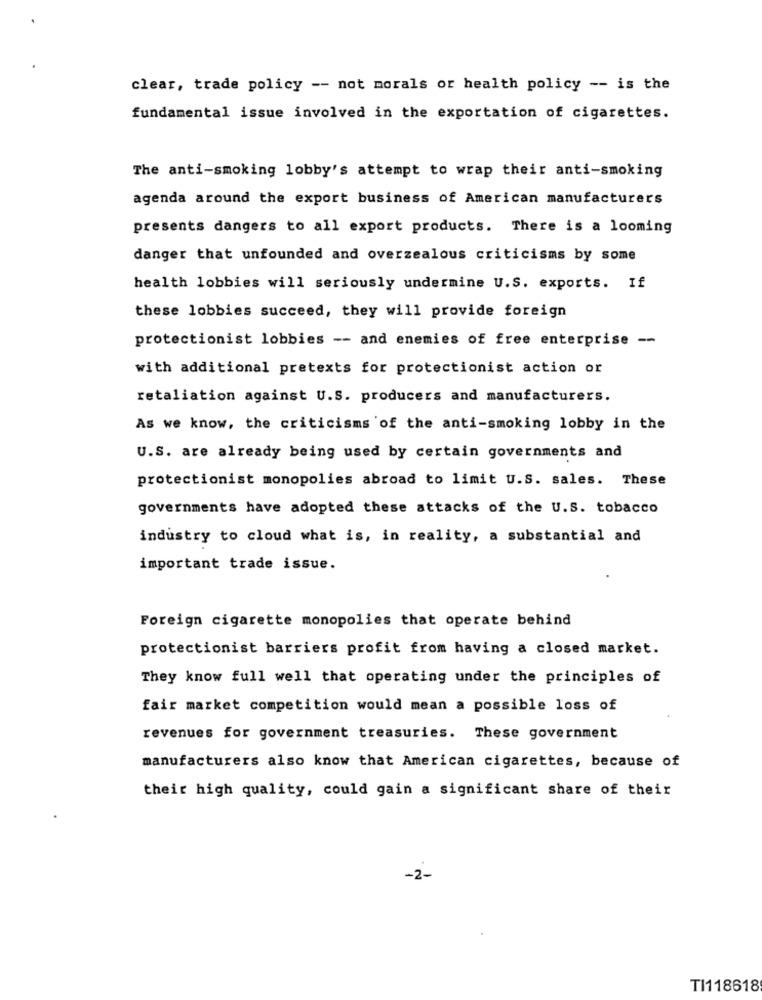
clear, trade policy -- not morals or health policy -- is the
fundamental issue involved in the exportation of cigarettes.
The anti-smoking lobby's attempt to wrap their anti-smoking
agenda around the export business of American manufacturers
presents dangers to all export products. There is a looming
danger that unfounded and overzealous criticisms by some
health lobbies will seriously undermine U.S. exports. If
these lobbies succeed, they will provide foreign
protectionist lobbies -- and enemies of free enterprise --
with additional pretexts for protectionist action or
retaliation against U.S. producers and manufacturers.
As we know, the criticisms of the anti-smoking lobby in the
U.S. are already being used by certain governments and
protectionist monopolies abroad to limit U.S. sales. These
governments have adopted these attacks of the U.S. tobacco
industry to cloud what is, in reality, a substantial and
important trade issue.
Foreign cigarette monopolies that operate behind
protectionist barriers profit from having a closed market.
They know full well that operating under the principles of
fair market competition would mean a possible loss of
revenues for government treasuries. These government
manufacturers also know that American cigarettes, because of
their high quality, could gain a significant share of their
-2-
TI118618